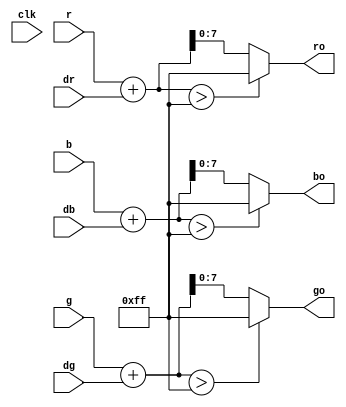
module RGB_Composition (
	input clk,
	input [7:0] dr, dg, db,
	input [7:0] r, g, b,
	output [7:0] ro, go, bo
	);

	//add r by dr and clamp
	wire [8:0] r1 = r + dr;
	assign ro = (r1>8'hff)?8'hff:r1;

	//add g by dg and clamp
	wire [8:0] g1 = g + dg;
	assign go = (g1>8'hff)?8'hff:g1;

	//add b by db and clamp
	wire [8:0] b1 = b + db;
	assign bo = (b1>8'hff)?8'hff:b1;

endmodule // RGB_Composition